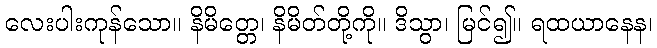
လေးပါးကုန်သော။ နိမိတ္တေ၊ နိမိတ်တို့ကို။ ဒိသွာ၊ မြင်၍။ ရထယာနေန၊